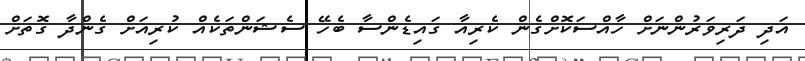
އަދި ދަރިވަރުންނަށް ހާއްސަކޮށްގެން ކެރިއާ ގައިޑެންސާ ބެހޭ ސެޝަންތަކެއް ކުރިއަށް ގެންދާ ގޮތަށް